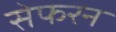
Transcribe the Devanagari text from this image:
सेफरन